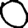
Digit: 0